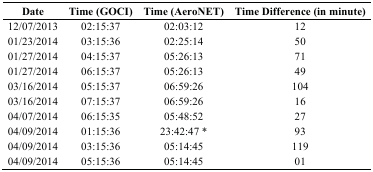
| Date | Time (GOCI) | Time (AeroNET) | Time Difference (in minute) |
 | --- | --- | --- | --- |
 | 12/07/2013 | 02:15:37 | 02:03:12 | 12 |
 | 01/23/2014 | 03:15:36 | 02:25:14 | 50 |
 | 01/27/2014 | 04:15:37 | 05:26:13 | 71 |
 | 01/27/2014 | 06:15:37 | 05:26:13 | 49 |
 | 03/16/2014 | 05:15:37 | 06:59:26 | 104 |
 | 03/16/2014 | 07:15:37 | 06:59:26 | 16 |
 | 04/07/2014 | 06:15:35 | 05:48:52 | 27 |
 | 04/09/2014 | 01:15:36 | 23:42:47 * | 93 |
 | 04/09/2014 | 03:15:36 | 05:14:45 | 119 |
 | 04/09/2014 | 05:15:36 | 05:14:45 | 01 |